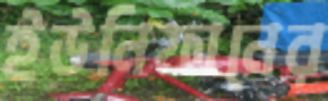
ইউনিফানের